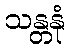
သန္တနုံ